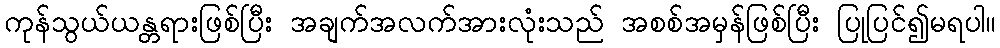
ကုန်သွယ်ယန္တရားဖြစ်ပြီး အချက်အလက်အားလုံးသည် အစစ်အမှန်ဖြစ်ပြီး ပြုပြင်၍မရပါ။